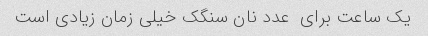
یک ساعت برای  عدد نان سنگک خیلی زمان زیادی است